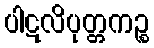
ပါဋလိပုတ္တကဉ္စ